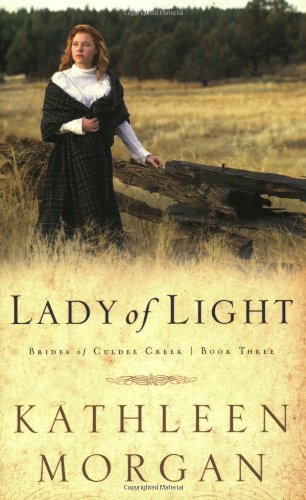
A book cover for Lady of Light (Brides of Culdee Creek, Book 3); Kathleen Morgan; Romance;